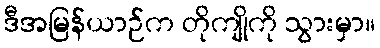
ဒီအမြန်ယာဉ်က တိုကျိုကို သွားမှာ။